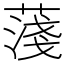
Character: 䔐